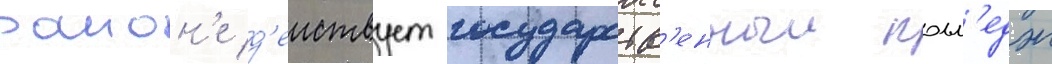
раион'е д'еиствует государств'енныи колл'едж